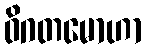
ဝိဂတမောဟာ